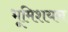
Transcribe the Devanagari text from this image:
भूमिशयन